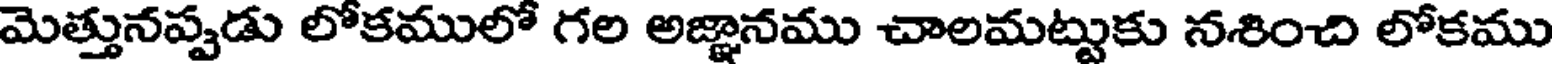
మెత్తునప్పుడు లోకములో గల అజ్ఞానము చాలమట్టుకు నశించి లోకము